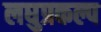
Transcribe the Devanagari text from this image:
लघुप्रकल्प